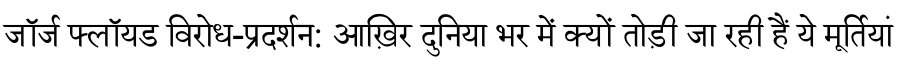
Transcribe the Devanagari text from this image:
जॉर्ज फ्लॉयड विरोध-प्रदर्शन: आख़िर दुनिया भर में क्यों तोड़ी जा रही हैं ये मूर्तियां